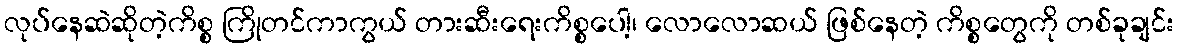
လုပ်နေဆဲဆိုတဲ့ကိစ္စ ကြိုတင်ကာကွယ် တားဆီးရေးကိစ္စပေါ့၊ လောလောဆယ် ဖြစ်နေတဲ့ ကိစ္စတွေကို တစ်ခုချင်း